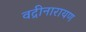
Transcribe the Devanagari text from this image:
वद्रीनारायण